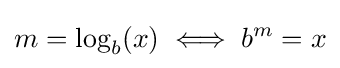
m=\log _{b}(x)\iff b^{m}=x